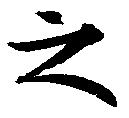
之